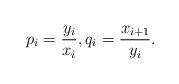
LaTeX: \begin{align*} p_i=\frac{y_i}{x_i}, q_{i}=\frac{x_{i+1}}{y_{i}}.\end{align*}